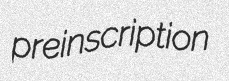
preinscription